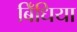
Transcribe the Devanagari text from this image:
बिँधिया